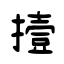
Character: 撎